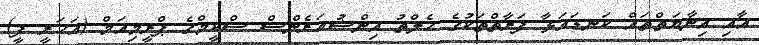
އާއި އިނާޔަތްތައް ކަނޑައަޅާ ފަރާތްތަކުގެ ހެލްތު އިންޝުއަރެންސް ސްކީމްގެ ޕްރީމިއަމް (އަހަރީ ފީ)